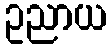
ဥညာယ